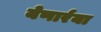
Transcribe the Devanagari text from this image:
येणार्रया